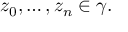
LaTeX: z _ { 0 } , \ldots , z _ { n } \in \gamma .